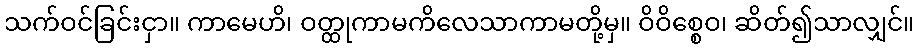
သက်ဝင်ခြင်းငှာ။ ကာမေဟိ၊ ဝတ္ထုကာမကိလေသာကာမတို့မှ။ ဝိဝိစ္စေဝ၊ ဆိတ်၍သာလျှင်။